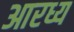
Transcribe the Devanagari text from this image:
आरध्य